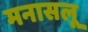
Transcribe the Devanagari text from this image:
मनासलू